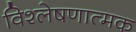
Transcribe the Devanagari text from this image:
विश्‍लेषणात्‍मक